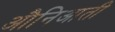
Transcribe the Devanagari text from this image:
औनिआती